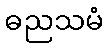
ဓညသမံ